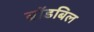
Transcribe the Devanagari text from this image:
ब्रॉडबिल